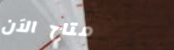
متاح الآن